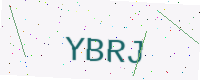
Text: YBRJ